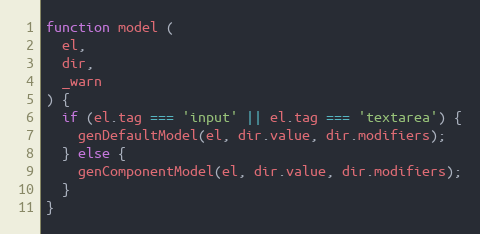
Language: JavaScript
function model (
  el,
  dir,
  _warn
) {
  if (el.tag === 'input' || el.tag === 'textarea') {
    genDefaultModel(el, dir.value, dir.modifiers);
  } else {
    genComponentModel(el, dir.value, dir.modifiers);
  }
}